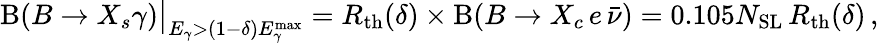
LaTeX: \mathrm{B}(B\to X_{s}\gamma)\big|_{E_{\gamma}>(1-\delta)E_{\gamma}^{\mathrm{max}}}=R_{\mathrm{th}}(\delta)\times\mathrm{B}(B\to X_{c}\, e\, \bar{\nu})=0.105N_{\mathrm{SL}}\, R_{\mathrm{th}}(\delta)\, ,